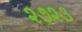
૨૭૨૩